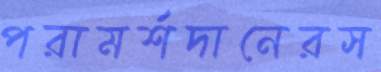
পরামর্শদানেরস